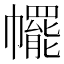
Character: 𢅩